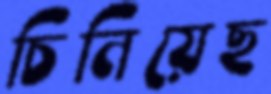
চিনিয়েছ